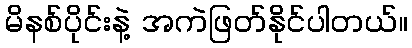
မိနစ်ပိုင်းနဲ့ အကဲဖြတ်နိုင်ပါတယ်။